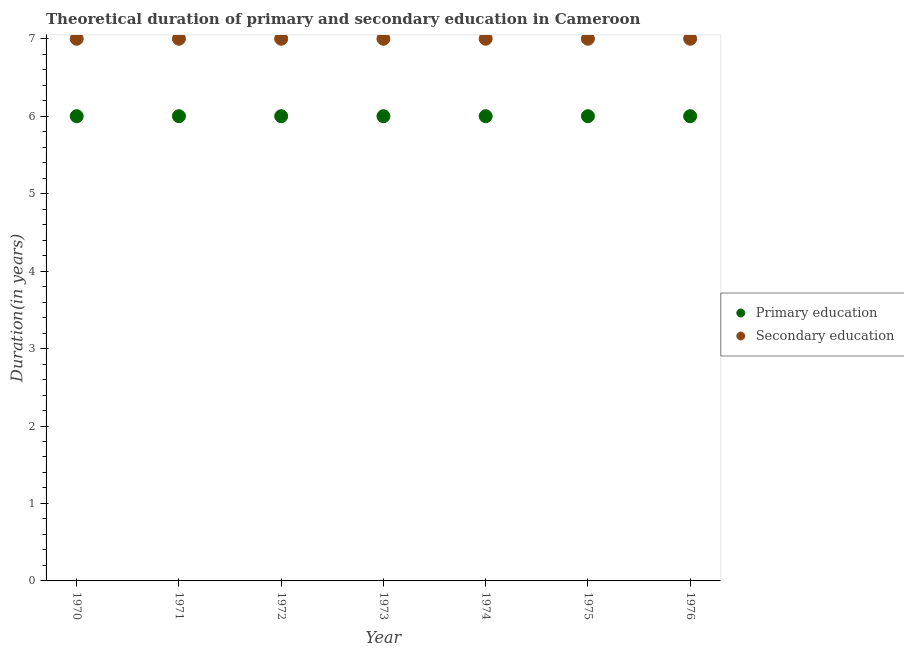
| Year | Primary education | Secondary education |
 | --- | --- | --- |
 | 1970 | 6 | 7 |
 | 1971 | 6 | 7 |
 | 1972 | 6 | 7 |
 | 1973 | 6 | 7 |
 | 1974 | 6 | 7 |
 | 1975 | 6 | 7 |
 | 1976 | 6 | 7 |